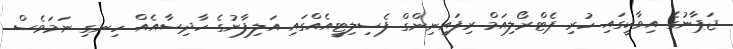
ޖަޕާނުގެ އިވާކީގައި ހުރި ޕެޓްރޯލިއަމް ރިފައިނިންގް ފެސިލިޓީއެއްގައި އަލިފާނުގެ ހާދިސާއެއް ހިނގި ނަމަވެސް